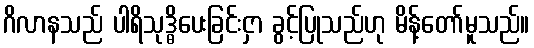
ဂိလာနသည် ပါရိသုဒ္ဓိပေးခြင်းငှာ ခွင့်ပြုသည်ဟု မိန့်တော်မူသည်။